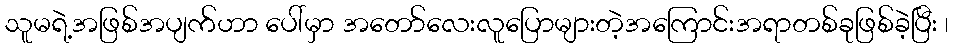
သူမရဲ့အဖြစ်အပျက်ဟာ ပေါ်မှာ အတော်လေးလူပြောများတဲ့အကြောင်းအရာတစ်ခုဖြစ်ခဲ့ပြီး ၊